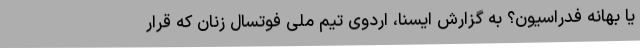
یا بهانه فدراسیون؟ به گزارش ایسنا، اردوی تیم ملی فوتسال زنان که قرار